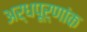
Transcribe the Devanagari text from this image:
अर्धपूर्णांक